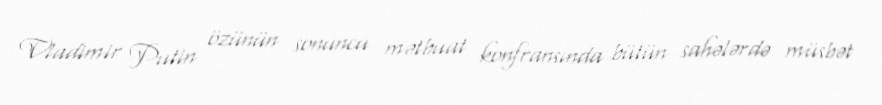
Vladimir Putin özünün sonuncu mətbuat konfransında bütün sahələrdə müsbət